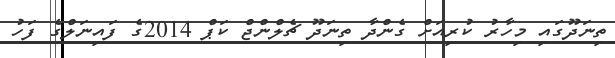
ތިނަދޫގައި މިހާރު ކުރިއަށް ގެންދާ ތިނަދޫ ޗެލްންޖް ކަޕް 2014ގެ ފައިނަލްގެ ފަހު